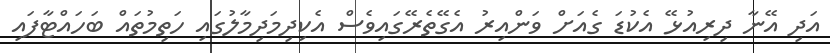
އަދި އޭނާ ދިރިއުޅޭ އެކުޑަ ގެއަށް ވަންއިރު އެގޭތެރޭގައިވެސް އެކިދިމަދިމާލުގައި ހަތިމުތައް ބަހައްޓާފައި